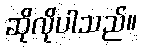
ဆိုလိုပါသည်။